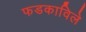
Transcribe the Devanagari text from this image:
फडकाविले